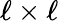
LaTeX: \ell\times\ell